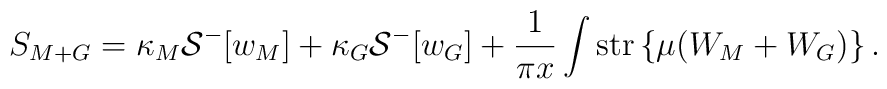
S_{M+G} = \kappa_M {\cal S}^-[w_M] + \kappa_G {\cal S}^-[w_G]+\frac{1}{\pi x} \int\mbox{str} \left\{ \mu ( W_M + W_G) \right\}.